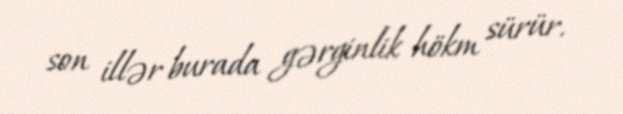
son illər burada gərginlik hökm sürür.